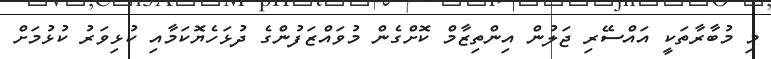
މި މުބާރާތަކީ އައްސޭރި ޖަލުން އިންތިޒާމް ކޮށްގެން މުވައްޒަފުންގެ ދުޅަހެޔޮކަމާއި ކުޅިވަރު ކުޅުމަށް